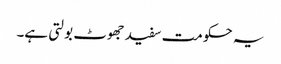
یہ حکومت سفید جھوٹ بولتی ہے۔